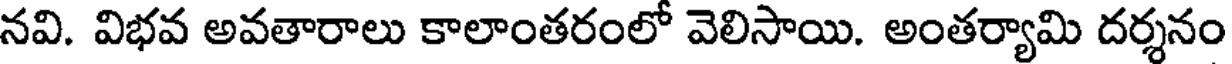
నవి. విభవ అవతారాలు కాలాంతరంలో వెలిసాయి. అంతర్యామి దర్శనం